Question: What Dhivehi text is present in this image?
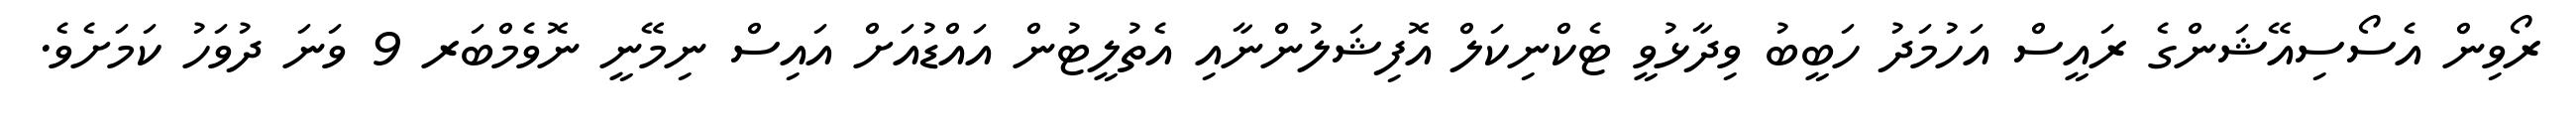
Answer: ރޯވިން އެސޯސިއޭޝަންގެ ރައީސް އަހުމަދު ހަބީބު ވިދާޅުވީ ޓެކްނިކަލް އޮފިޝަލުންނާއި އެތުލީޓުން އައްޑުއަށް އައިސް ނިމޭނީ ނޮވެމްބަރ 9 ވަނަ ދުވަހު ކަމަށެވެ.